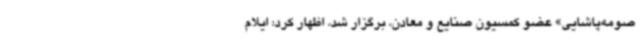
صومه‌پاشایی» عضو کمسیون صنایع و معادن، برگزار شد، اظهار کرد: ایلام